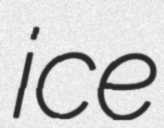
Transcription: ice